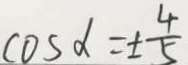
\cos d = \pm \frac { 4 } { 5 }